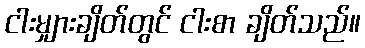
ငါးမျှားချိတ်တွင် ငါးစာ ချိတ်သည်။